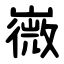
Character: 嶶